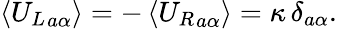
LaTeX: \left<{U_{L}}_{a\alpha}\right>=-\left<{U_{R}}_{a\alpha}\right>=\kappa\, \delta_{a\alpha}.